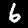
Digit: 6